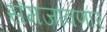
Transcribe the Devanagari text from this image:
समजावणार